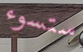
ستسوء